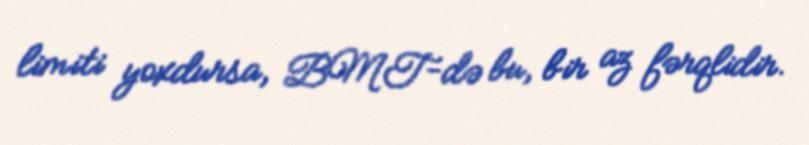
limiti yoxdursa, BMT-də bu, bir az fərqlidir.